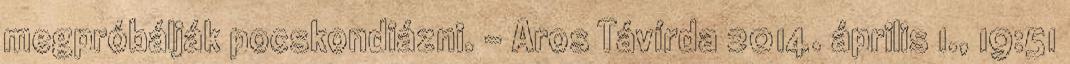
megpróbálják pocskondiázni. - Aros Távírda 2014. április 1., 19:51